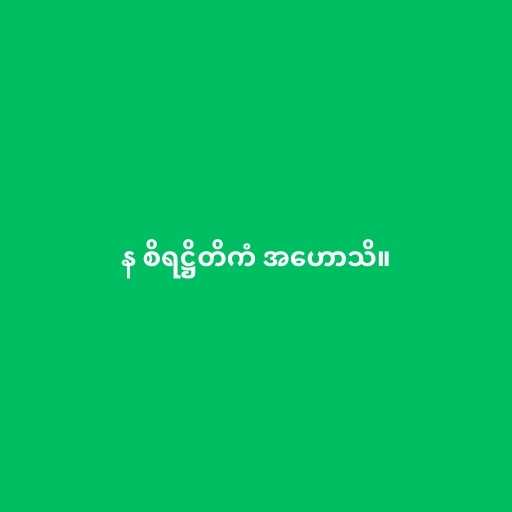
န စိရဋ္ဌိတိကံ အဟောသိ။